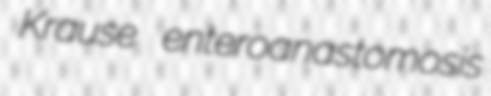
Krause enteroanastomosis